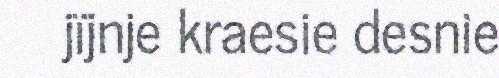
jïjnje kraesie desnie